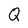
Character: Q